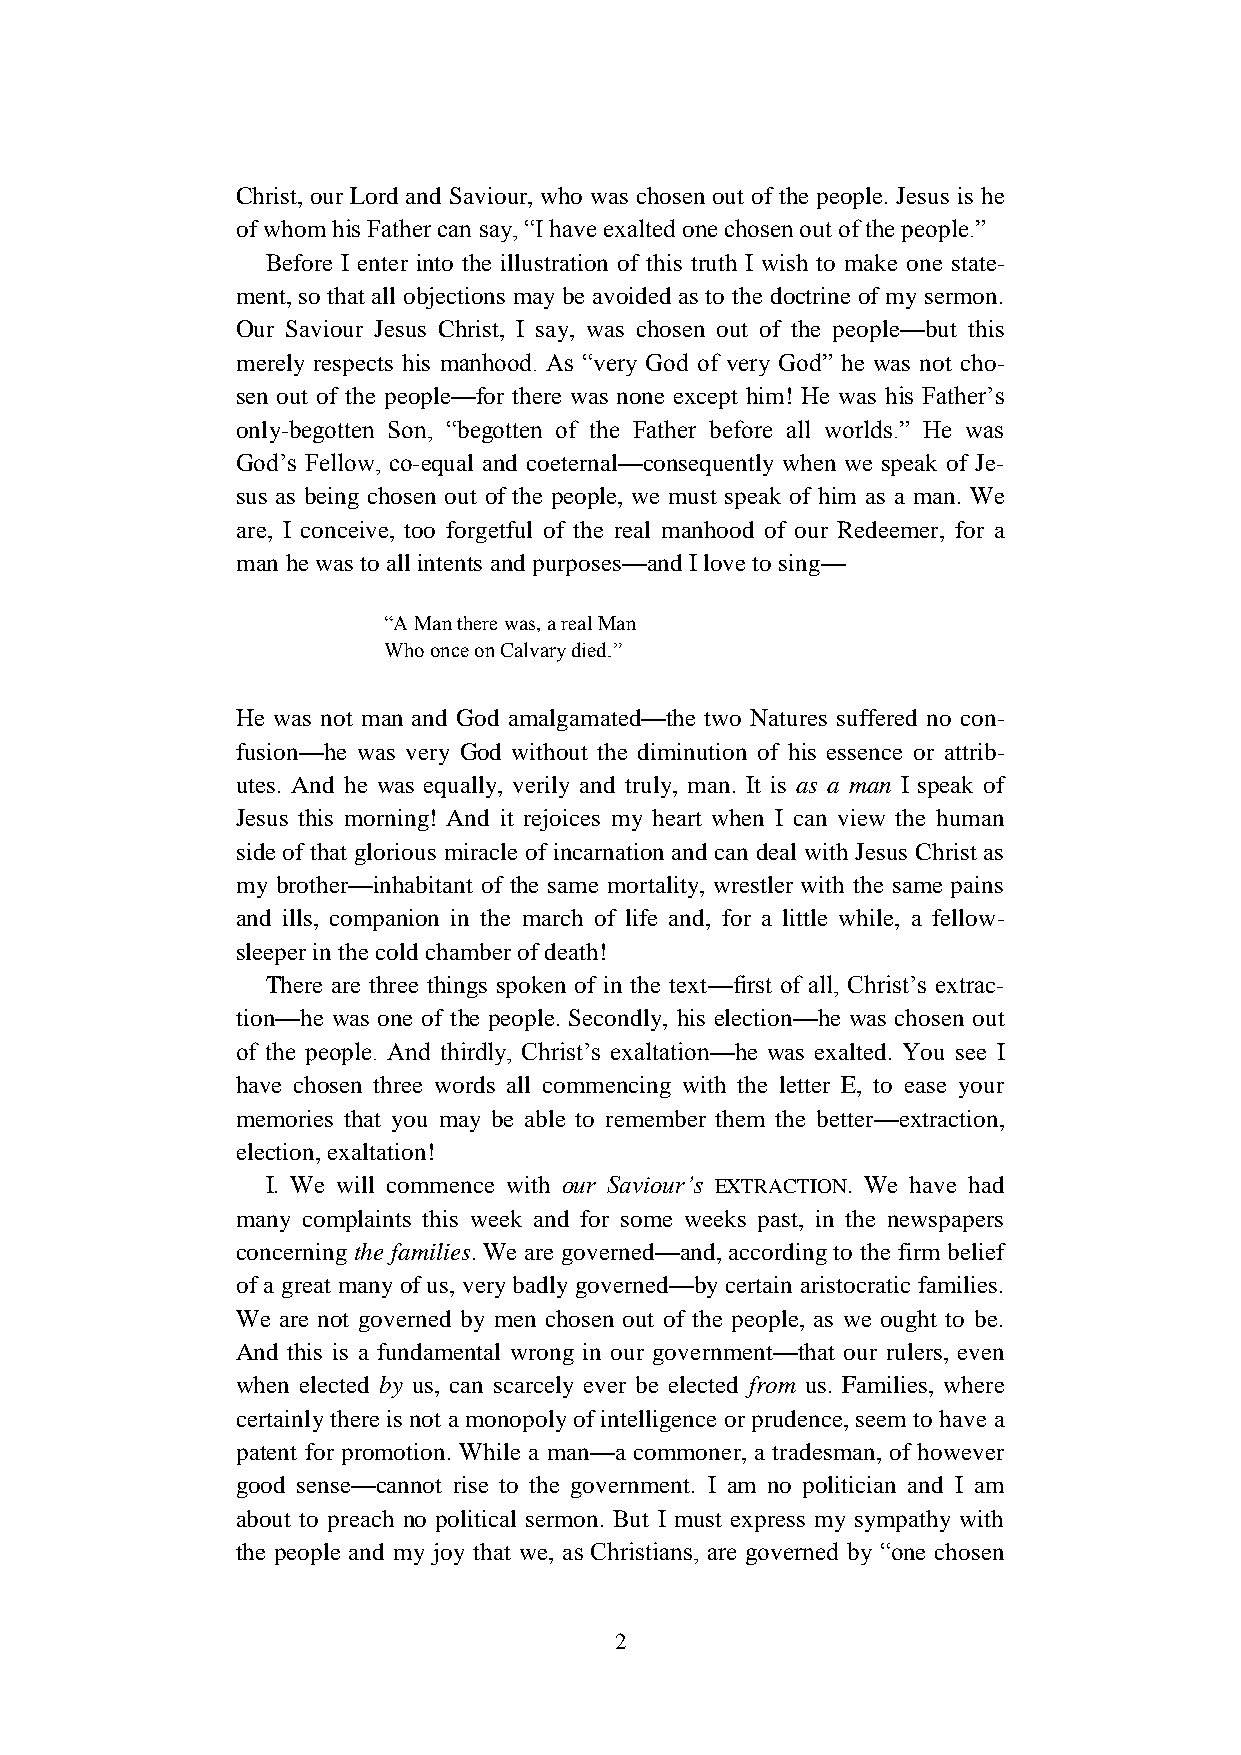
Christ, our Lord and Saviour, who was chosen out of the people. Jesus is he
 of whom his Father can say, “I have exalted one chosen out of the people.”
 Before I enter into the illustration of this truth I wish to make one state-
 ment, so that all objections may be avoided as to the doctrine of my sermon.
 Our Saviour Jesus Christ, I say, was chosen out of the people—but this
 merely respects his manhood. As “very God of very God” he was not cho-
 sen out of the people—for there was none except him! He was his Father’s
 only-begotten Son, “begotten of the Father before all worlds.” He was
 God’s Fellow, co-equal and coeternal—consequently when we speak of Je-
 sus as being chosen out of the people, we must speak of him as a man. We
 are, I conceive, too forgetful of the real manhood of our Redeemer, for a
 man he was to all intents and purposes—and I love to sing—
 “A Man there was, a real Man
 Who once on Calvary died.”
 He was not man and God amalgamated—the two Natures suffered no con-
 fusion—he was very God without the diminution of his essence or attrib-
 utes. And he was equally, verily and truly, man. It is as a man I speak of
 Jesus this morning! And it rejoices my heart when I can view the human
 side of that glorious miracle of incarnation and can deal with Jesus Christ as
 my brother—inhabitant of the same mortality, wrestler with the same pains
 and ills, companion in the march of life and, for a little while, a fellow-
 sleeper in the cold chamber of death!
 There are three things spoken of in the text—first of all, Christ’s extrac-
 tion—he was one of the people. Secondly, his election—he was chosen out
 of the people. And thirdly, Christ’s exaltation—he was exalted. You see I
 have chosen three words all commencing with the letter E, to ease your
 memories that you may be able to remember them the better—extraction,
 election, exaltation!
 I. We will commence with our Saviour’s EXTRACTION. We have had
 many complaints this week and for some weeks past, in the newspapers
 concerning the families. We are governed—and, according to the firm belief
 of a great many of us, very badly governed—by certain aristocratic families.
 We are not governed by men chosen out of the people, as we ought to be.
 And this is a fundamental wrong in our government—that our rulers, even
 when elected by us, can scarcely ever be elected from us. Families, where
 certainly there is not a monopoly of intelligence or prudence, seem to have a
 patent for promotion. While a man—a commoner, a tradesman, of however
 good sense—cannot rise to the government. I am no politician and I am
 about to preach no political sermon. But I must express my sympathy with
 the people and my joy that we, as Christians, are governed by “one chosen
 2